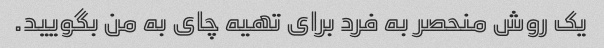
یک روش منحصر به فرد برای تهیه چای به من بگویید.